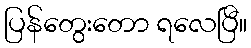
ပြန်တွေးတော ရလေပြီ။